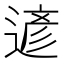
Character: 遃